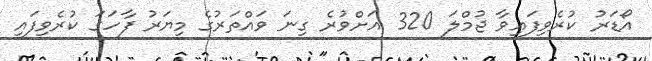
އޯޑަރު ކުރެވިފައިވާ ޖުމްލަ 320 އަށްވުރެ ގިނަ ވައްތަރުގެ މިޔަރު ފާހަގަ ކުރެވިފައި